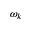
\omega _ { k }